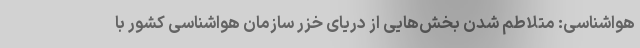
هواشناسی: متلاطم شدن بخش‌هایی از دریای خزر سازمان هواشناسی کشور با